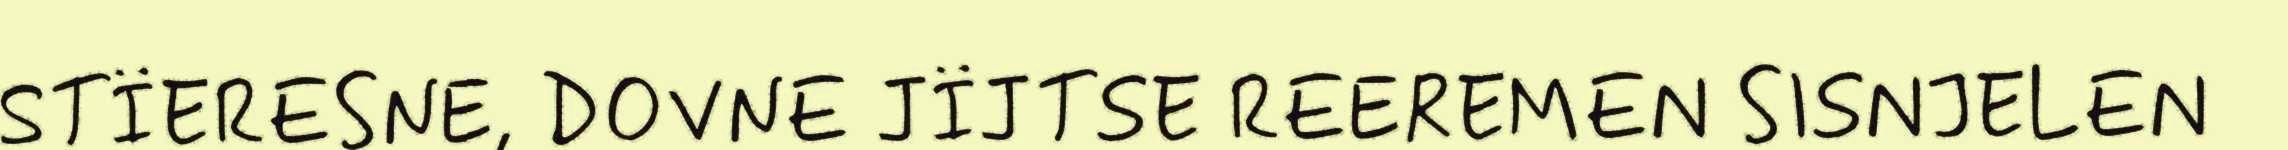
STÏERESNE, DOVNE JÏJTSE REEREMEN SISNJELEN